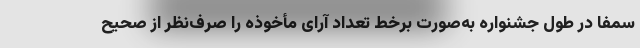
سمفا در طول جشنواره به‌صورت برخط تعداد آرای مأخوذه را صرف‌نظر از صحیح